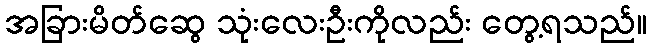
အခြားမိတ်ဆွေ သုံးလေးဦးကိုလည်း တွေ့ရသည်။